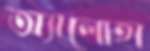
অ্যালোহা